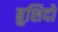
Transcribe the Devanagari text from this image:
बुशिदो